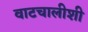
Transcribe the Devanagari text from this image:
वाटचालीशी